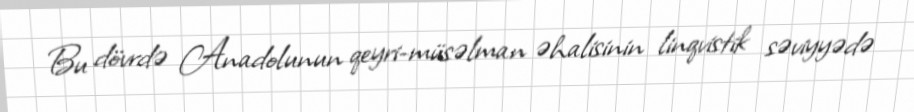
Bu dövrdə Anadolunun qeyri-müsəlman əhalisinin linqvistik səviyyədə